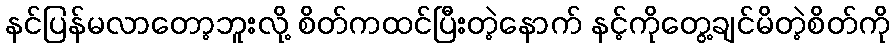
နင်ပြန်မလာတော့ဘူးလို့ စိတ်ကထင်ပြီးတဲ့နောက် နင့်ကိုတွေ့ချင်မိတဲ့စိတ်ကို